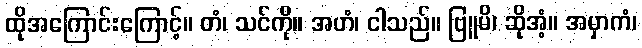
ထိုအကြောင်းကြောင့်။ တံ၊ သင်ကို။ အဟံ၊ ငါသည်။ ဗြူမိ၊ ဆိုအံ့။ အမှာကံ၊